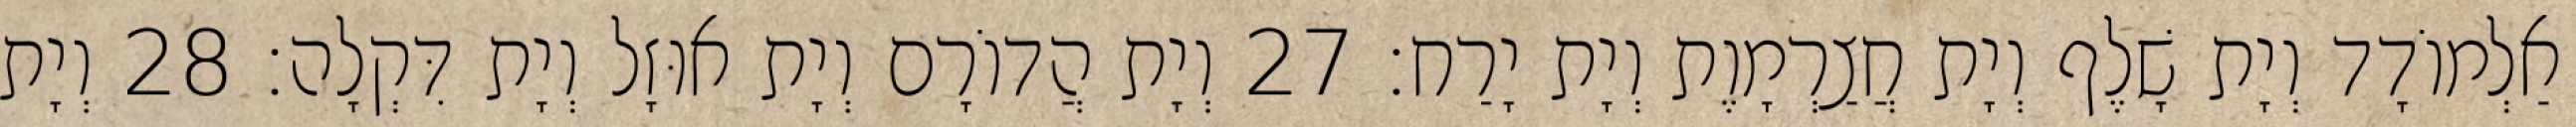
אַלְמוֹדָד וְיָת שָׁלֶף וְיָת חֲצַרְמָוֶת וְיָת יָרַח׃ 27 וְיָת הֲדוֹרָם וְיָת אוּזָל וְיָת דִּקְלָה׃ 28 וְיָת